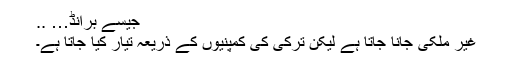
جیسے برانڈ… ..
غیر ملکی جانا جاتا ہے لیکن ترکی کی کمپنیوں کے ذریعہ تیار کیا جاتا ہے۔